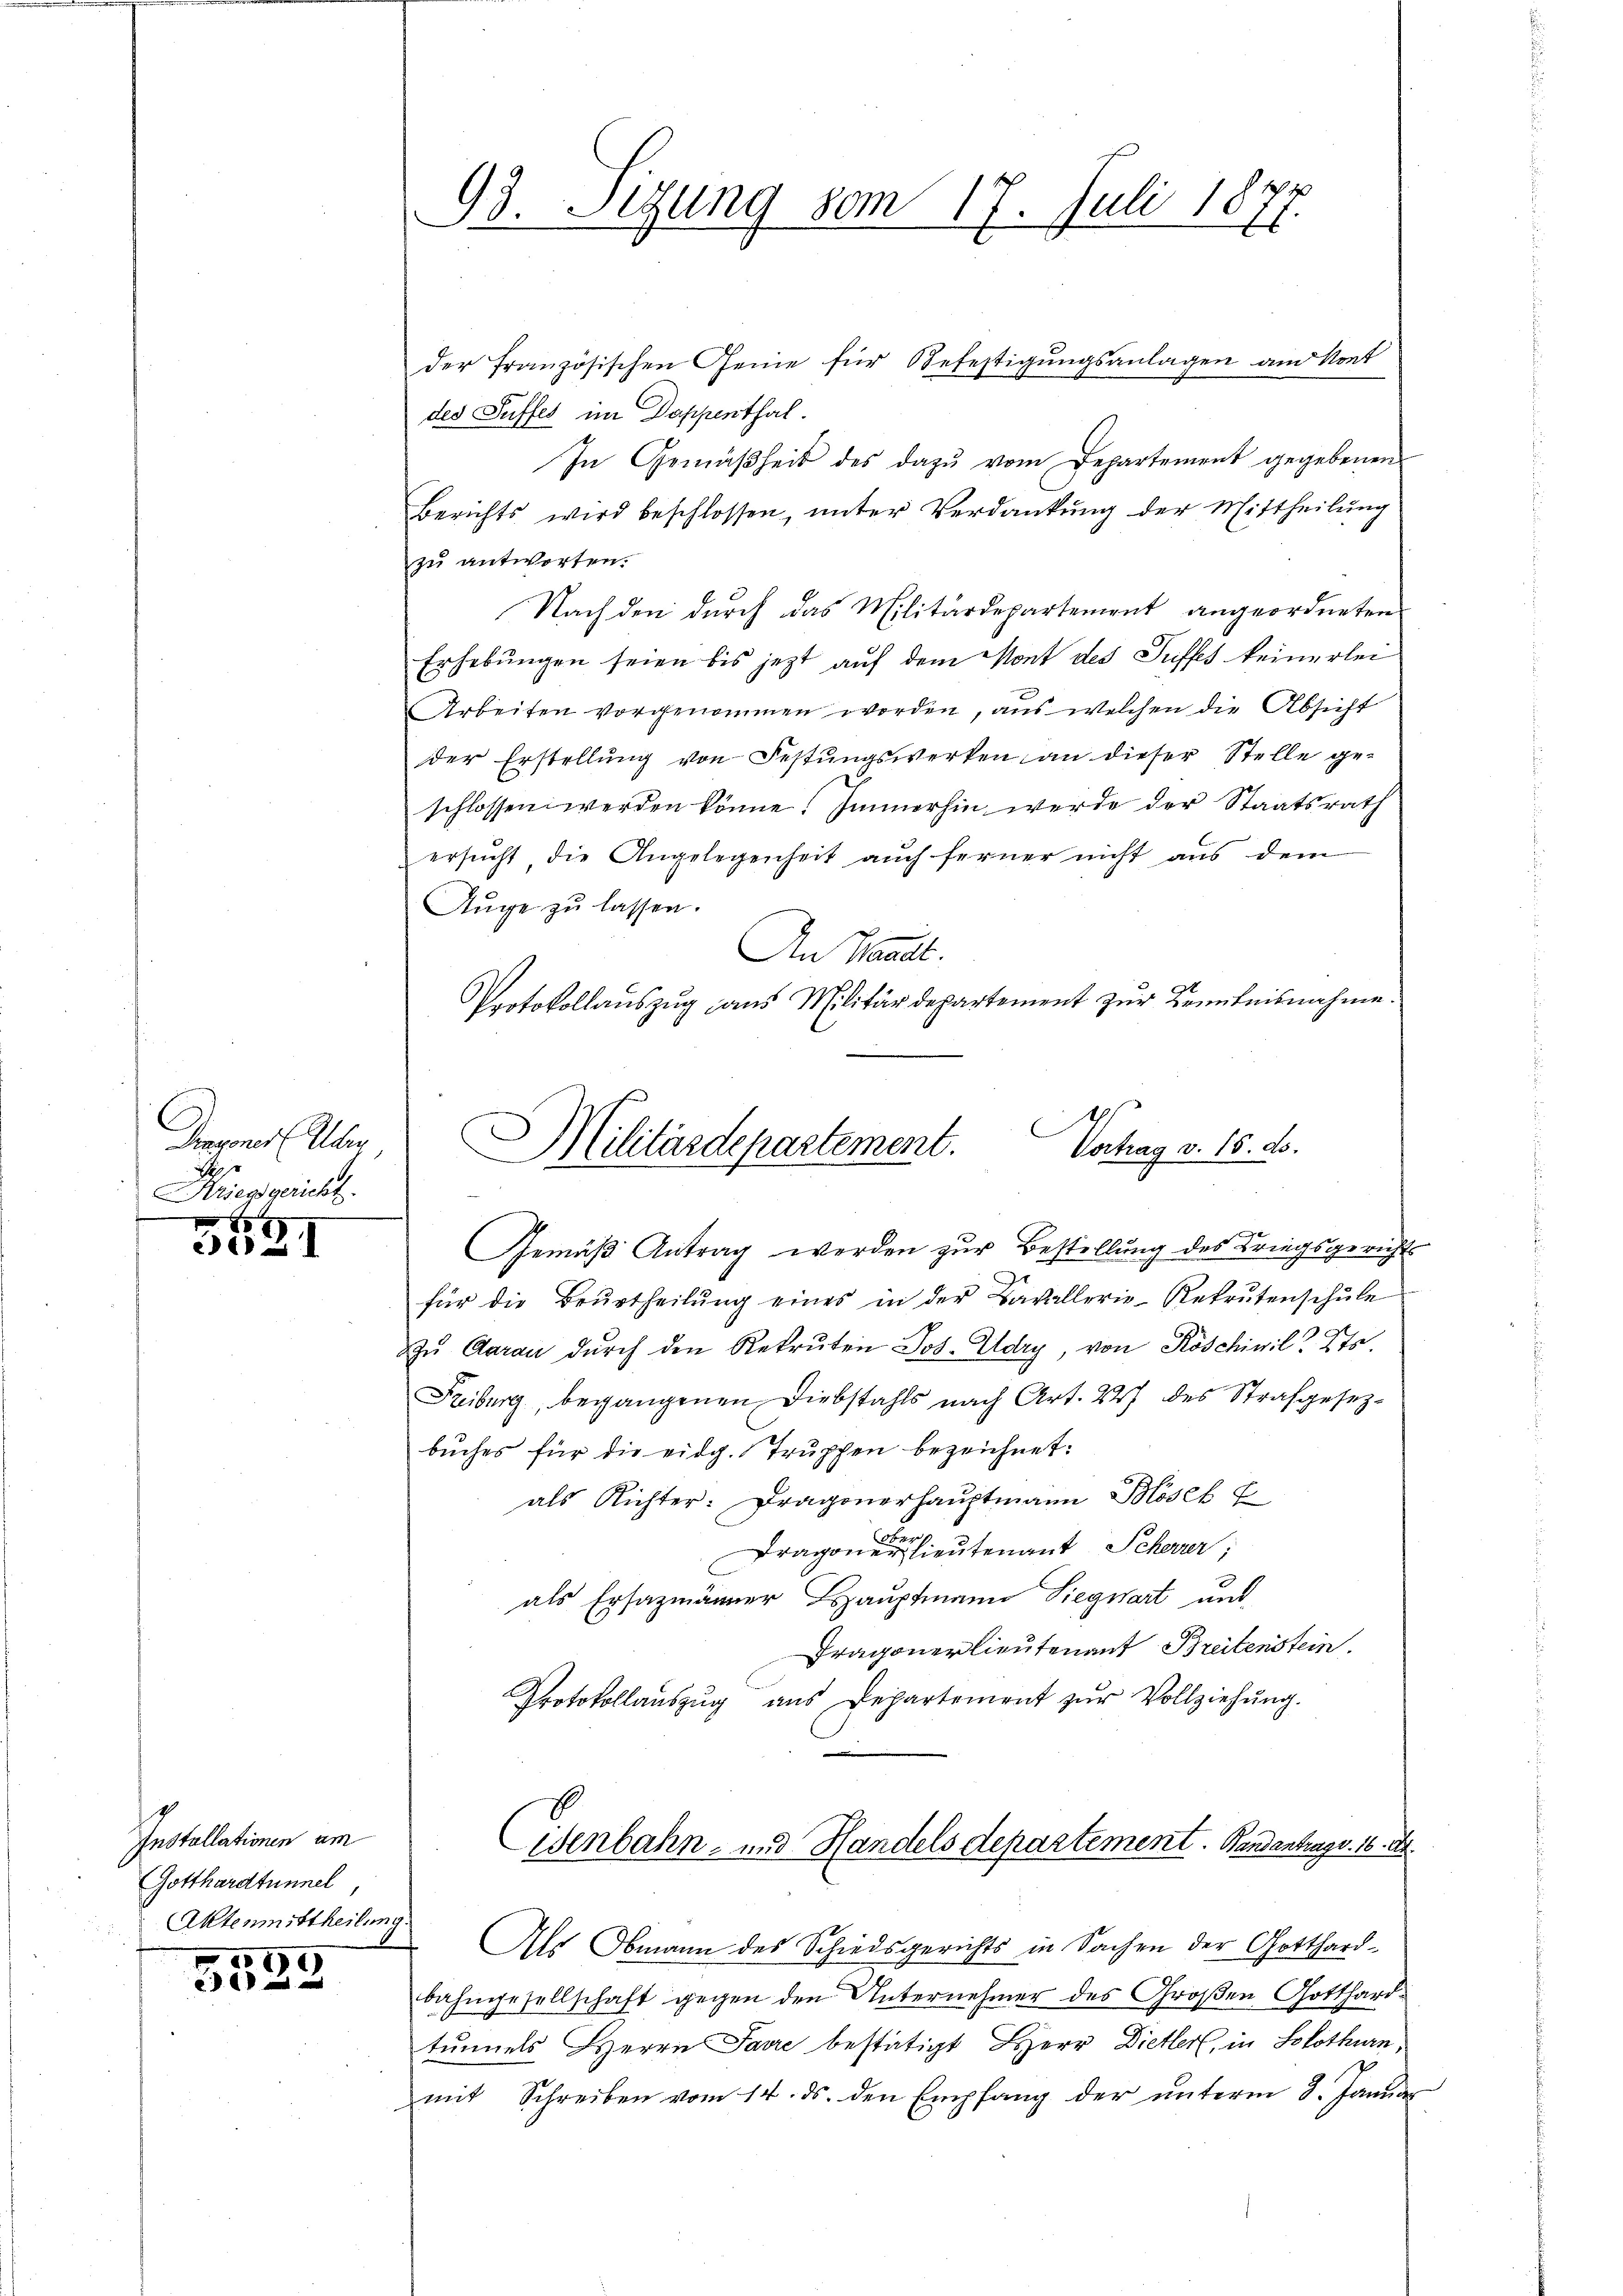
Dragoner Ueber
Pes
Arsend gericht.

x
e

Installationen am
Gotthardtunnel
Aktenmittheilung

1

93. Sizung vom 17. Juli 1877.

der französischen Genie für Befestigungsanlagen am Kont
des Suffes im Dappenthal.
In Gemäßheit des dazu vom Departement gegebenen
Berichts wird beschlossen, unter Verdankung der Mittheilung
zu antworten.
Nach den durch das Militärdepartement angeordneten
Erhebungen seien bis jetzt auf dem Mont des Suffes keinerlei
Arbeiten vorgenommen worden, aus welchen die Absicht
der Erstellŭng von Festungswerken an dieser Stelle ge-
schlossen werden könne. Immerhin werde der Staatsrath
ersucht die Angelegenheit auch ferner nicht aus dem
Auge zu lassen.
An Waadt.
Protokollaŭszŭg ans Militärdepartement zŭr Benntnisnahme.
Gemäß Antrag werden zur Bestellung des Kriegsgerichts
für die Beurtheilŭng eines in der Cavallerie-Rekrutenschŭle
zŭ Aarau durch den Rekruten Jos. Udry, von Köschinil. Sta
Freiburg, begangenen Diebstahls nach Art. 22 des Strafgesezbuches für die eidg. Truppen bezeichnet:
als Richter: Dragonerhauptmann Böses E
u
Dragone lieutenant Scherer,
als Ersazmänner Hauptmann Siegwart unt
Tragonerlieutenant Breitenstein.
Protokollaŭszŭg aŭs Departement zŭr Vollziehŭng.
Wenbahn- und Handels departement. Bandantrag v. 16. d.
Als Obmann des Schiedsgerichts in Sachen der Gotthardbahngesellschaft gegen den Unternehmer des Großen Gotthard-
tunnels Herrn Parre bestätigt Herr Dietler, in Solothurn,
mit Schreiben vom 14. ds. den Empfang der unterm 8. Januar

Militärdepartement. Verhag v. 16. ds.